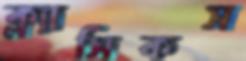
ক্ল্যাসিকস